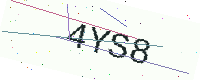
Text: 4YS8